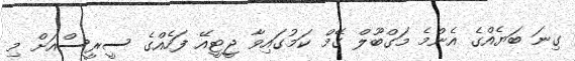
ގިނަ ބަޔެއްގެ އެންމެ މަގްބޫލް ގޭމް ކަމުގައިވާ ޖީޓީއޭ ފަހެއްގެ ސީރީސްއަށް މި